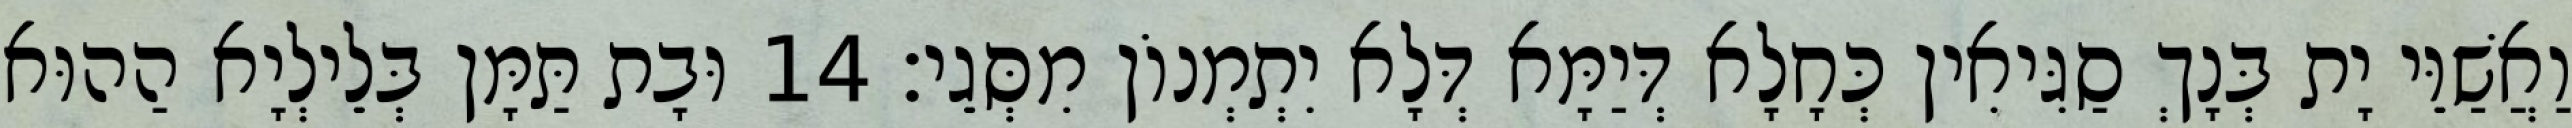
וַאֲשַׁוֵּי יָת בְּנָךְ סַגִּיאִין כְּחָלָא דְּיַמָּא דְּלָא יִתְמְנוֹן מִסְּגֵי׃ 14 וּבָת תַּמָּן בְּלֵילְיָא הַהוּא